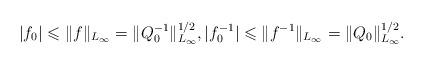
LaTeX: \begin{align*}\vert f_0\vert \leqslant \Vert f\Vert _{L_\infty}=\Vert Q_0 ^{-1}\Vert _{L_\infty}^{1/2}, \vert f_0^{-1}\vert \leqslant\Vert f^{-1}\Vert _{L_\infty}=\Vert Q_0\Vert ^{1/2}_{L_\infty}.\end{align*}